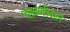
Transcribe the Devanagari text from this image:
चाळणीवाले